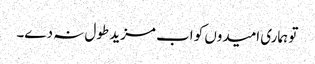
تو ہماری امیدوں کو اب مزید طول نہ دے۔